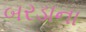
બરડાના